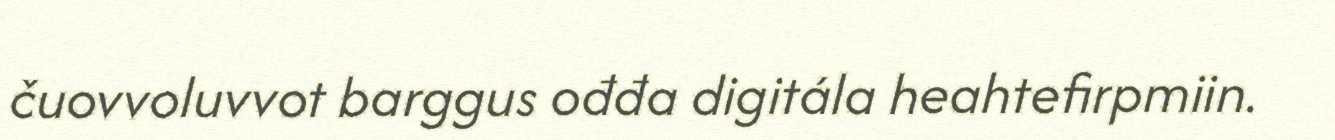
čuovvoluvvot barggus ođđa digitála heahtefirpmiin.